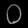
Digit: ၀